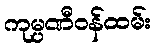
ကုမ္ပဏီဝန်ထမ်း